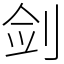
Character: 剑